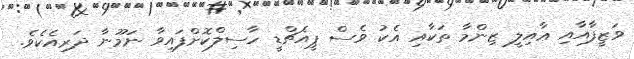
ވަޒީފާއާއި ޢާއިލީ ޒިންމާ ތަކާއި އެކު ވެސް ޕީއެޗްޑީ ހާސިލްކޮށްފައިވާ ނަމޫނާ ދަރިއެކެވެ.